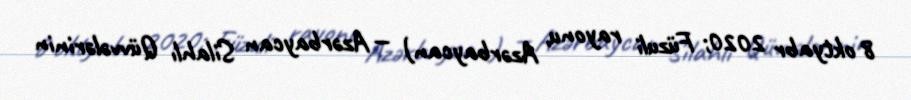
8 oktyabr 2020; Füzuli rayonu, Azərbaycan) — Azərbaycan Silahlı Qüvvələrinin